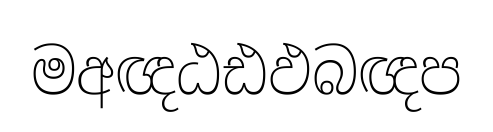
මඅඥඨඪඵබඥප